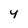
Character: 4